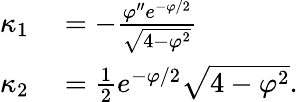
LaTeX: \begin{array}{rl}{\kappa_{1}}&{{}=-\frac{\varphi^{\prime\prime}e^{-\varphi/2}}{\sqrt{4-\varphi^{2}}}}\\ {\kappa_{2}}&{{}=\frac{1}{2}e^{-\varphi/2}\sqrt{4-\varphi^{2}}.}\end{array}